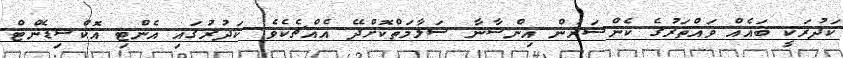
ކަދުރަކީ ބައެއް ވައްތަރުގެ ކެންސަރުން އިންސާނާ ސަލާމަތްކޮށްދޭ އެއްޗެކެވެ. ކަދުރުގައި އެންޓި އޮކްސިޑެންޓް